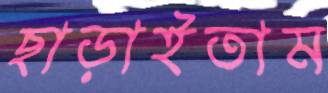
ছাড়াইতাম